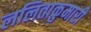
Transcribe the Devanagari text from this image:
ललिताकुमारी